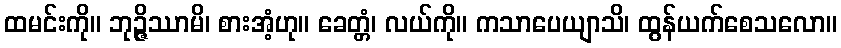
ထမင်းကို။ ဘုဉ္ဇိဿာမိ၊ စားအံ့ဟု။ ခေတ္တံ၊ လယ်ကို။ ကသာပေယျာသိ၊ ထွန်ယက်စေသလော။